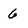
Character: 6